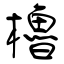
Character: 櫓